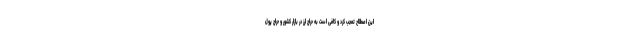
این اصطلاح تعجب کرد و کافی‌ است به حراج ارز در بازار کشور و حراج پول